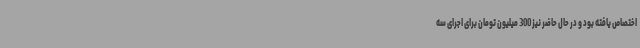
اختصاص یافته بود و در حال حاضر نیز 300 میلیون تومان برای اجرای سه